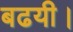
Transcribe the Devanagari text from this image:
बढयी।